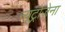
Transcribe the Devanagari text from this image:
न्यूट्रोजेना